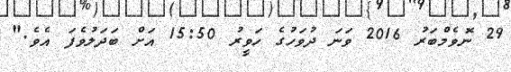
29 ނޮވެމްބަރު 2016 ވަނަ ދުވަހުގެ ހަވީރު 15:50 އަށް ބަދަލުވެފަ އެވެ."